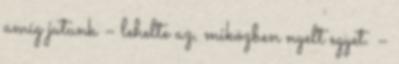
amíg jutunk – lehelte az, miközben nyelt egyet. –